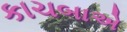
કાચબાએ